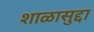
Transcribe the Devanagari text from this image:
शाळासुद्दा